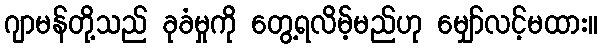
ဂျာမန်တို့သည် ခုခံမှုကို တွေ့ရလိမ့်မည်ဟု မျှော်လင့်မထား။